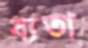
ব্যতা